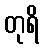
တုရိ